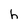
Character: h